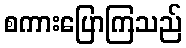
စကားပြောကြသည်